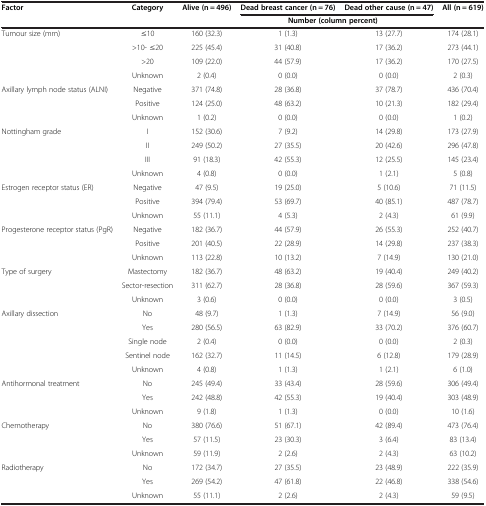
<table><thead><tr><td><b>Factor</b></td><td><b>Category</b></td><td><b>Alive (n = 496)</b></td><td><b>Dead breast cancer (n = 76)</b></td><td><b>Dead other cause (n = 47)</b></td><td><b>All (n = 619)</b></td></tr><tr><td><b> </b></td><td><b> </b></td><td colspan="4"><b>Number (column percent)</b></td></tr></thead><tbody><tr><td>Tumour size (mm)</td><td>≤10</td><td>160 (32.3)</td><td>1 (1.3)</td><td>13 (27.7)</td><td>174 (28.1)</td></tr><tr><td> </td><td>&gt;10- ≤20</td><td>225 (45.4)</td><td>31 (40.8)</td><td>17 (36.2)</td><td>273 (44.1)</td></tr><tr><td> </td><td>&gt;20</td><td>109 (22.0)</td><td>44 (57.9)</td><td>17 (36.2)</td><td>170 (27.5)</td></tr><tr><td> </td><td>Unknown</td><td>2 (0.4)</td><td>0 (0.0)</td><td>0 (0.0)</td><td>2 (0.3)</td></tr><tr><td>Axillary lymph node status (ALNI)</td><td>Negative</td><td>371 (74.8)</td><td>28 (36.8)</td><td>37 (78.7)</td><td>436 (70.4)</td></tr><tr><td> </td><td>Positive</td><td>124 (25.0)</td><td>48 (63.2)</td><td>10 (21.3)</td><td>182 (29.4)</td></tr><tr><td> </td><td>Unknown</td><td>1 (0.2)</td><td>0 (0.0)</td><td>0 (0.0)</td><td>1 (0.2)</td></tr><tr><td>Nottingham grade</td><td>I</td><td>152 (30.6)</td><td>7 (9.2)</td><td>14 (29.8)</td><td>173 (27.9)</td></tr><tr><td> </td><td>II</td><td>249 (50.2)</td><td>27 (35.5)</td><td>20 (42.6)</td><td>296 (47.8)</td></tr><tr><td> </td><td>III</td><td>91 (18.3)</td><td>42 (55.3)</td><td>12 (25.5)</td><td>145 (23.4)</td></tr><tr><td> </td><td>Unknown</td><td>4 (0.8)</td><td>0 (0.0)</td><td>1 (2.1)</td><td>5 (0.8)</td></tr><tr><td>Estrogen receptor status (ER)</td><td>Negative</td><td>47 (9.5)</td><td>19 (25.0)</td><td>5 (10.6)</td><td>71 (11.5)</td></tr><tr><td> </td><td>Positive</td><td>394 (79.4)</td><td>53 (69.7)</td><td>40 (85.1)</td><td>487 (78.7)</td></tr><tr><td> </td><td>Unknown</td><td>55 (11.1)</td><td>4 (5.3)</td><td>2 (4.3)</td><td>61 (9.9)</td></tr><tr><td>Progesterone receptor status (PgR)</td><td>Negative</td><td>182 (36.7)</td><td>44 (57.9)</td><td>26 (55.3)</td><td>252 (40.7)</td></tr><tr><td> </td><td>Positive</td><td>201 (40.5)</td><td>22 (28.9)</td><td>14 (29.8)</td><td>237 (38.3)</td></tr><tr><td> </td><td>Unknown</td><td>113 (22.8)</td><td>10 (13.2)</td><td>7 (14.9)</td><td>130 (21.0)</td></tr><tr><td>Type of surgery</td><td>Mastectomy</td><td>182 (36.7)</td><td>48 (63.2)</td><td>19 (40.4)</td><td>249 (40.2)</td></tr><tr><td> </td><td>Sector-resection</td><td>311 (62.7)</td><td>28 (36.8)</td><td>28 (59.6)</td><td>367 (59.3)</td></tr><tr><td> </td><td>Unknown</td><td>3 (0.6)</td><td>0 (0.0)</td><td>0 (0.0)</td><td>3 (0.5)</td></tr><tr><td>Axillary dissection</td><td>No</td><td>48 (9.7)</td><td>1 (1.3)</td><td>7 (14.9)</td><td>56 (9.0)</td></tr><tr><td> </td><td>Yes</td><td>280 (56.5)</td><td>63 (82.9)</td><td>33 (70.2)</td><td>376 (60.7)</td></tr><tr><td> </td><td>Single node</td><td>2 (0.4)</td><td>0 (0.0)</td><td>0 (0.0)</td><td>2 (0.3)</td></tr><tr><td> </td><td>Sentinel node</td><td>162 (32.7)</td><td>11 (14.5)</td><td>6 (12.8)</td><td>179 (28.9)</td></tr><tr><td> </td><td>Unknown</td><td>4 (0.8)</td><td>1 (1.3)</td><td>1 (2.1)</td><td>6 (1.0)</td></tr><tr><td>Antihormonal treatment</td><td>No</td><td>245 (49.4)</td><td>33 (43.4)</td><td>28 (59.6)</td><td>306 (49.4)</td></tr><tr><td> </td><td>Yes</td><td>242 (48.8)</td><td>42 (55.3)</td><td>19 (40.4)</td><td>303 (48.9)</td></tr><tr><td> </td><td>Unknown</td><td>9 (1.8)</td><td>1 (1.3)</td><td>0 (0.0)</td><td>10 (1.6)</td></tr><tr><td>Chemotherapy</td><td>No</td><td>380 (76.6)</td><td>51 (67.1)</td><td>42 (89.4)</td><td>473 (76.4)</td></tr><tr><td> </td><td>Yes</td><td>57 (11.5)</td><td>23 (30.3)</td><td>3 (6.4)</td><td>83 (13.4)</td></tr><tr><td> </td><td>Unknown</td><td>59 (11.9)</td><td>2 (2.6)</td><td>2 (4.3)</td><td>63 (10.2)</td></tr><tr><td>Radiotherapy</td><td>No</td><td>172 (34.7)</td><td>27 (35.5)</td><td>23 (48.9)</td><td>222 (35.9)</td></tr><tr><td> </td><td>Yes</td><td>269 (54.2)</td><td>47 (61.8)</td><td>22 (46.8)</td><td>338 (54.6)</td></tr><tr><td> </td><td>Unknown</td><td>55 (11.1)</td><td>2 (2.6)</td><td>2 (4.3)</td><td>59 (9.5)</td></tr></tbody></table>